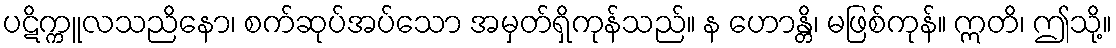
ပဋိက္ကူလသညိနော၊ စက်ဆုပ်အပ်သော အမှတ်ရှိကုန်သည်။ န ဟောန္တိ၊ မဖြစ်ကုန်။ ဣတိ၊ ဤသို့။